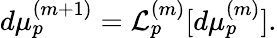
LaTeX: d\mu_{p}^{(m+1)}=\mathcal{L}_{p}^{(m)}[d\mu_{p}^{(m)}].